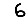
Digit: 6